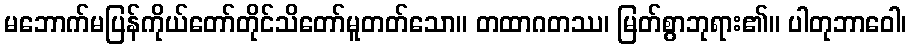
မဘောက်မပြန်ကိုယ်တော်တိုင်သိတော်မူတတ်သော။ တထာဂတဿ၊ မြတ်စွာဘုရား၏။ ပါတုဘာဝေါ၊